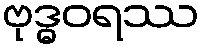
ဗုဒ္ဓဝရဿ